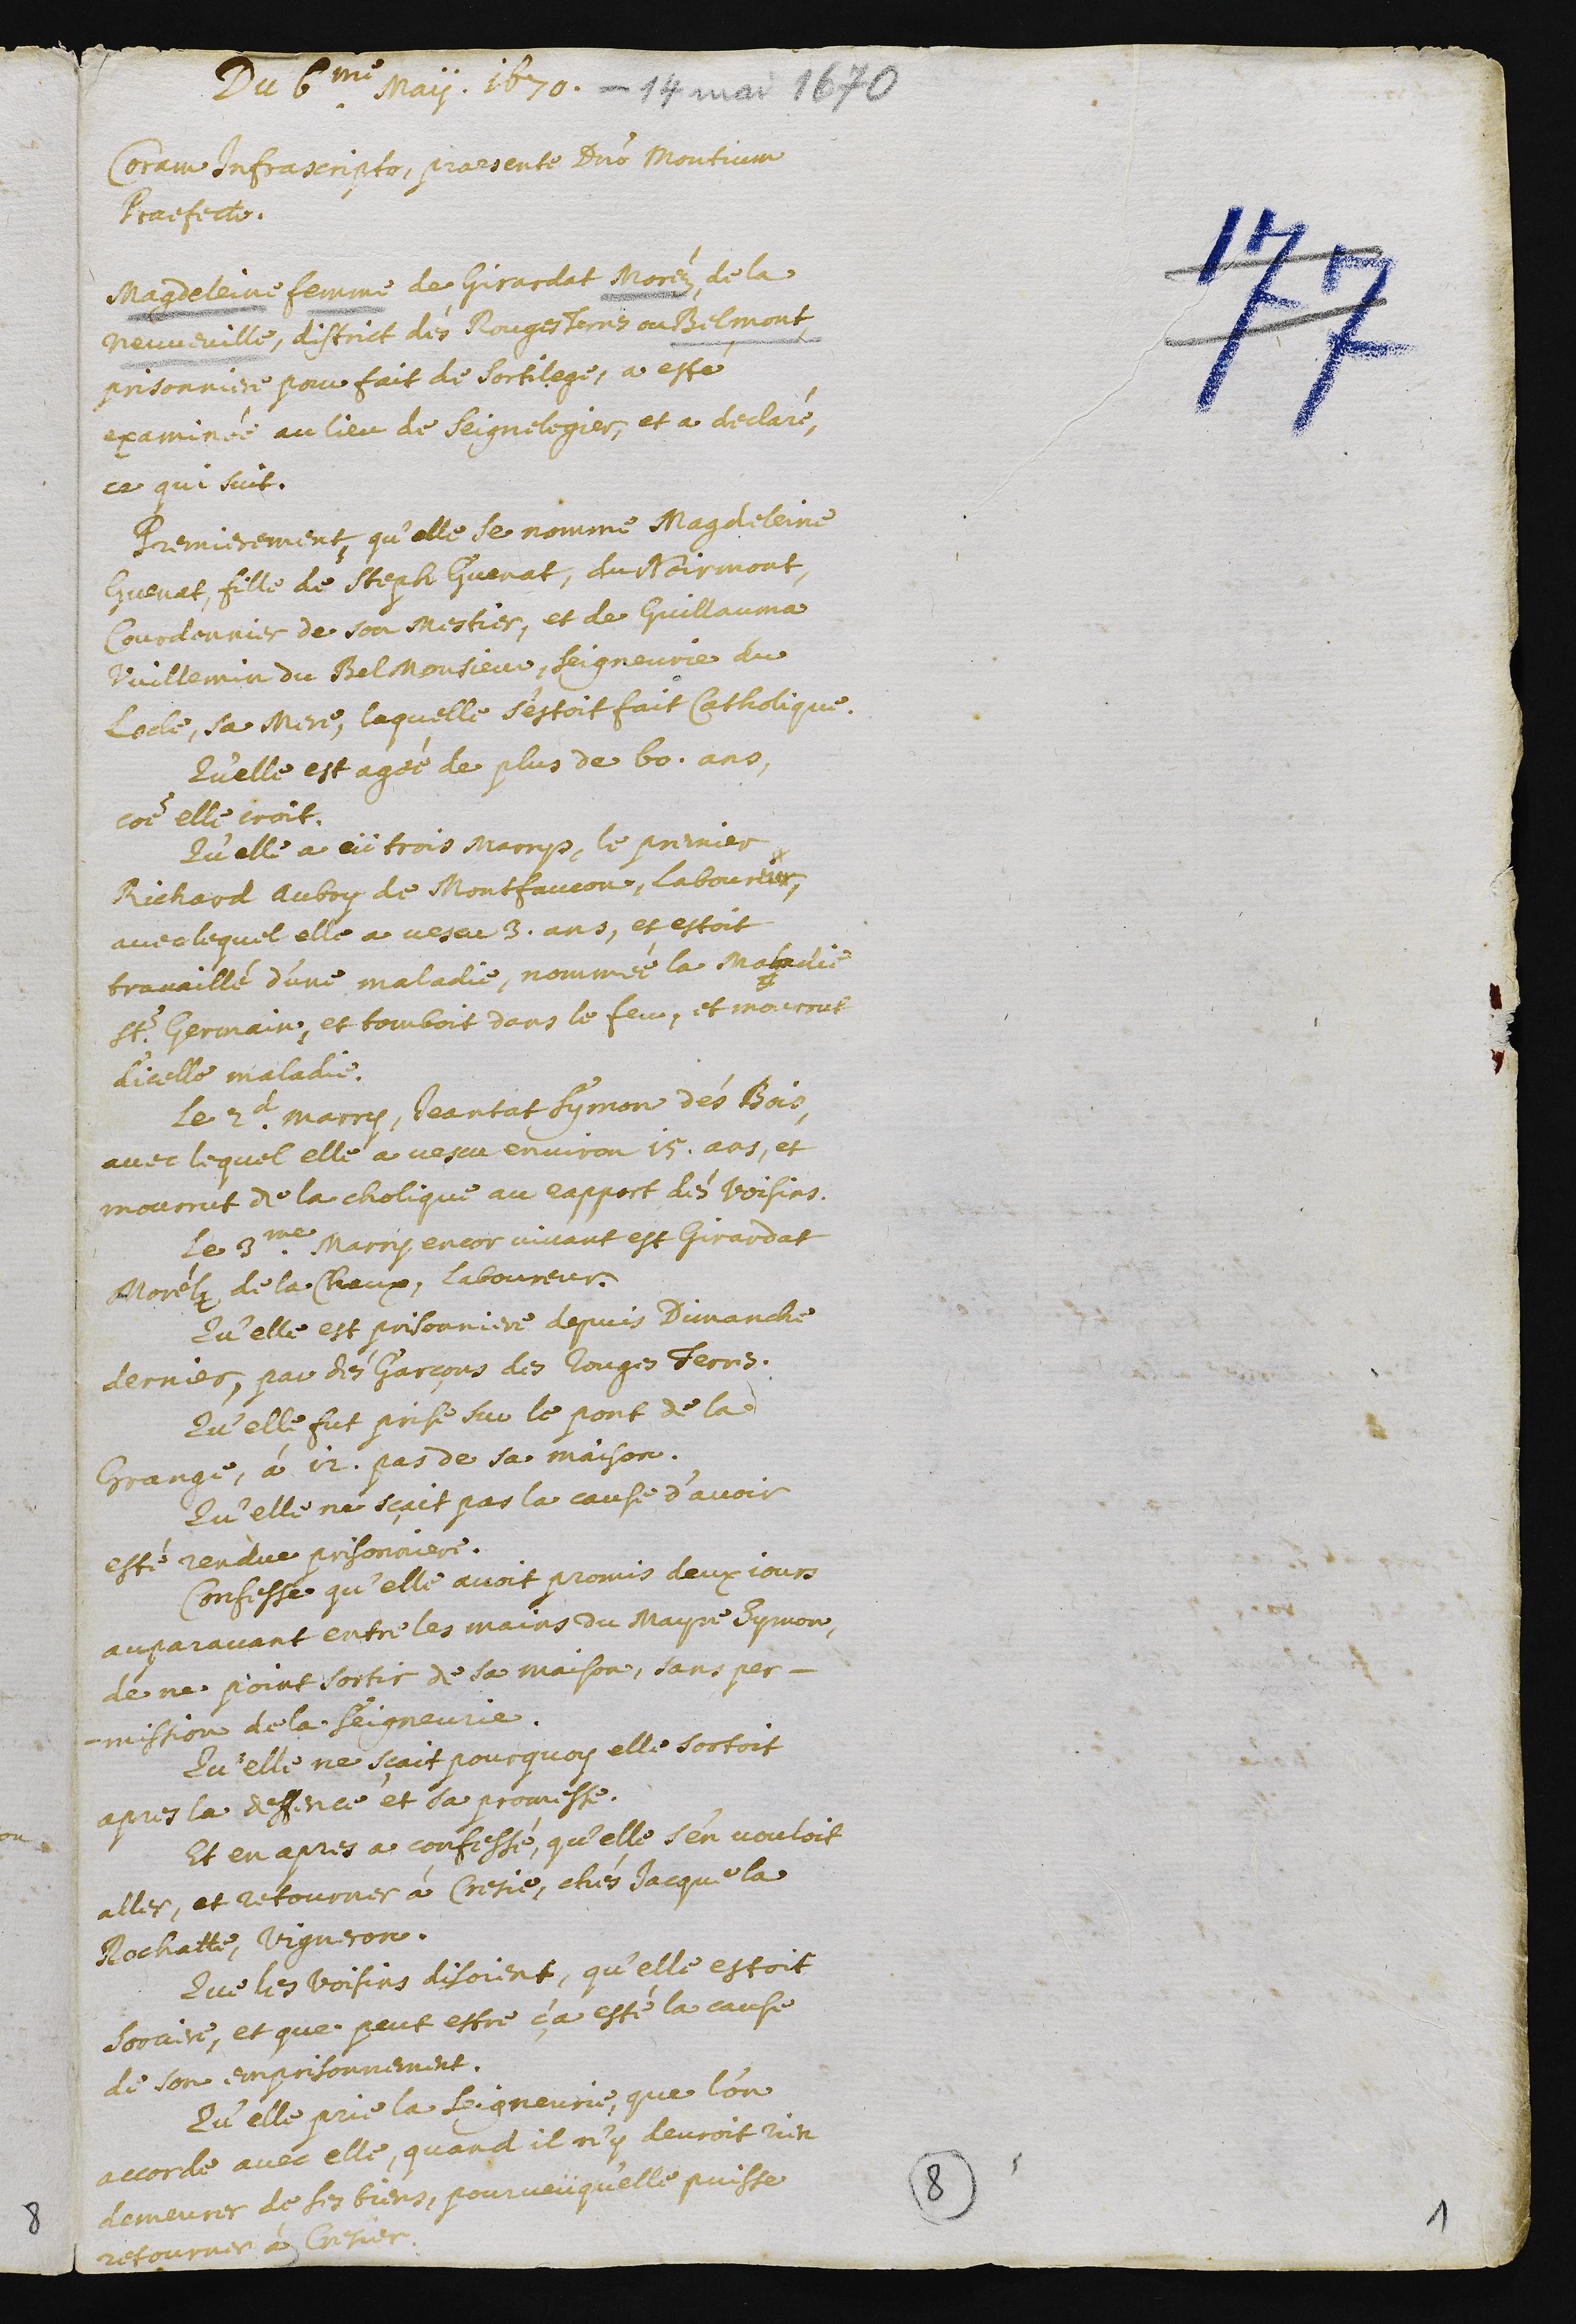
Du 6me may. 1670.
Coram infrascripto, praesente Domino Montium
praefecto.
Magdeleine femme de Girardat Moréz, de la
Neuveville, district des Rouges Terres au Belmont,
prisonniere pour fait de sortilege a esté
examinée au lieu de Saignelegier, et a declaré,
ce qui suit.
Premierement, qu’elle se nomme Magdeleine
Guenat, fille de Steph Guenat, du Noirmont,
courdonnier de son mestier, et de Guillauma
Vuillemin du Belmonsieur, seigneurie du
Locle, sa mere, laquelle s’estoit fait catholique.
Qu’elle est agée de plus de 60. ans,
comme elle croit.
Qu’elle a eü trois marrys, le premier
Richard Aubry de Montfaucon, laboureur,
avec lequel elle a vescu 3. ans, et estoit
travaillé d’une maladie, nommée la maladie
St. Germain, et tomboit dans le feu, et mourrut
d’icelle maladie.
Le 2.d marry, Jeantat Symon des Bois,
avec lequel elle a vescu environ 15. ans, et
mourrut de la cholique au rapport des voisins.
Le 3.me marry encor vivant est Girardat
Morelz de la Chaux, laboureur.
Qu’elle est prisionniere depuis dimanche
dernier, par des garçons des Rouges Terres.
Qu’elle fut prise sur le pont de la
grange, à 12. pas de sa maison.
Qu’elle ne sçait pas la cause d’avoir
esté rendue prisonniere.
Confesse qu’elle avoit promis deux jours
auparavant entre les mains du mayre Symon,
de ne point sortir de sa maison, sans per-
mission de la. seigneurie.
Qu’elle ne sçait pourquoy elle sortoit
apres la deffence et sa promesse.
Et en apres a confessé, qu’elle s’en vouloit
aller, et retourner à Cresie, chés Jacque la
Rochatte, vigneron.
Que les voisins disoient, qu’elle estoit
sorciere, et que peut estre, ça esté la cause
de son emprisonnement.
Qu’elle prie la Seigneurie, que l’on
accorde avec elle, quand il n’y devroit rien
demeurer de ses biens, pourveü qu’elle puisse
retourner à Cresier.